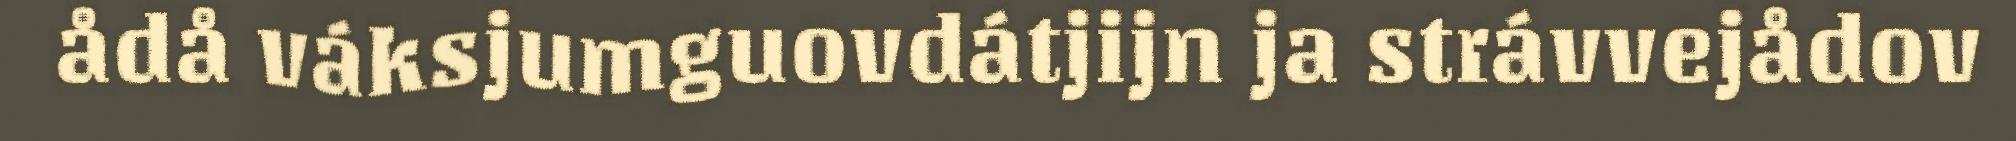
ådå váksjumguovdátjijn ja strávvejådov